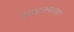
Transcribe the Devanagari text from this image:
शब्दावयवावर